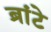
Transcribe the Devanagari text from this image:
ब्रांटे